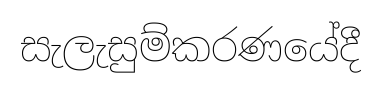
සැලැසුම්කරණයේදී